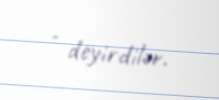
- deyirdilər.